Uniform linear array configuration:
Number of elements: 48
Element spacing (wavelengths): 0.25
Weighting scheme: cosine
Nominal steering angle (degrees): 0
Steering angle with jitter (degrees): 0.06527
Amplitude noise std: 0.05
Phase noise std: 0.05

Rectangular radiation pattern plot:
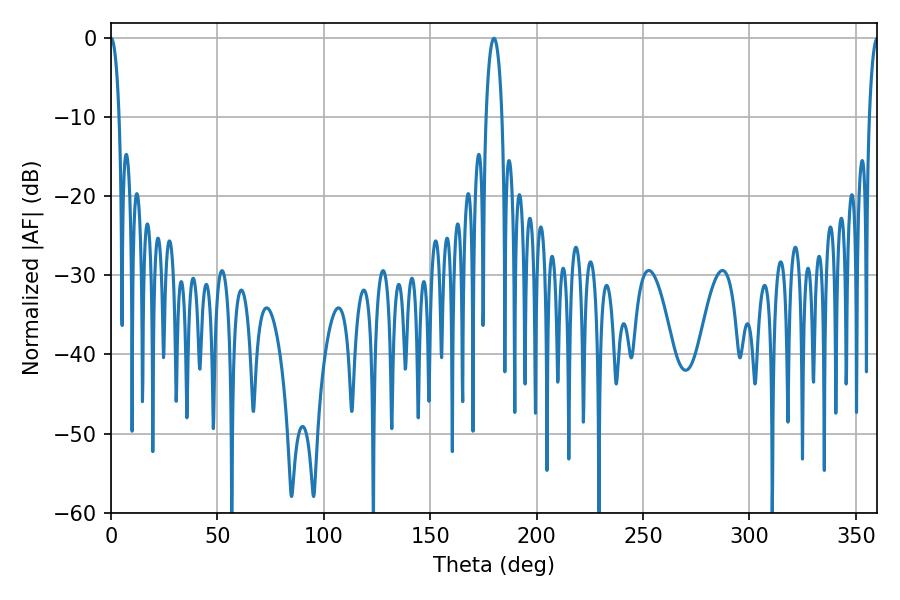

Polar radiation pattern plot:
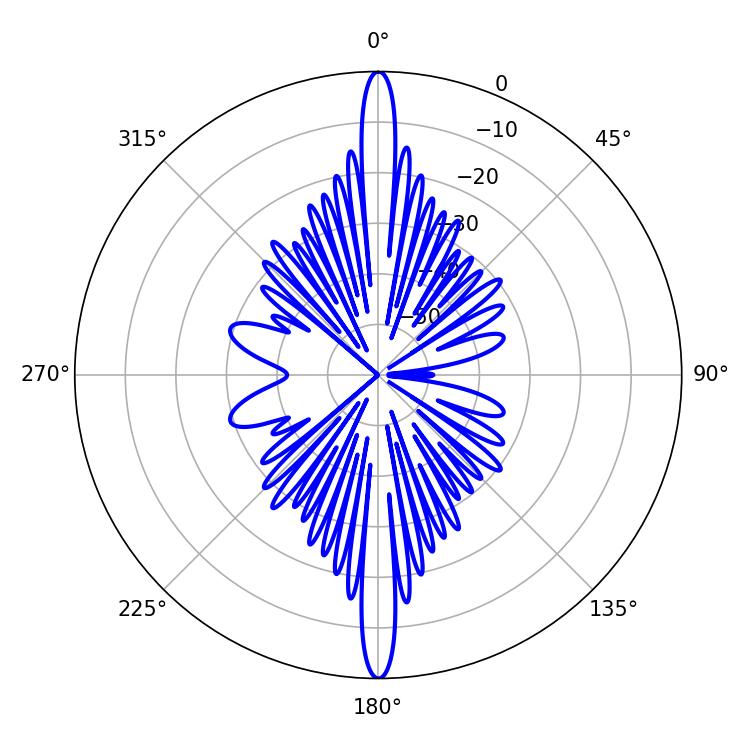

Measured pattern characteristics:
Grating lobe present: FALSE
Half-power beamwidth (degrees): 2.16
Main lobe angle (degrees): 0